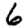
Digit: 6